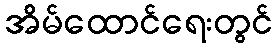
အိမ်ထောင်ရေးတွင်